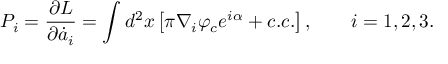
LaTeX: P _ { i } = \frac { \partial L } { \partial \dot { a } _ { i } } = \int d ^ { 2 } x \left[ \pi \nabla _ { i } \varphi _ { c } e ^ { i \alpha } + c . c . \right] , \qquad i = 1 , 2 , 3 .